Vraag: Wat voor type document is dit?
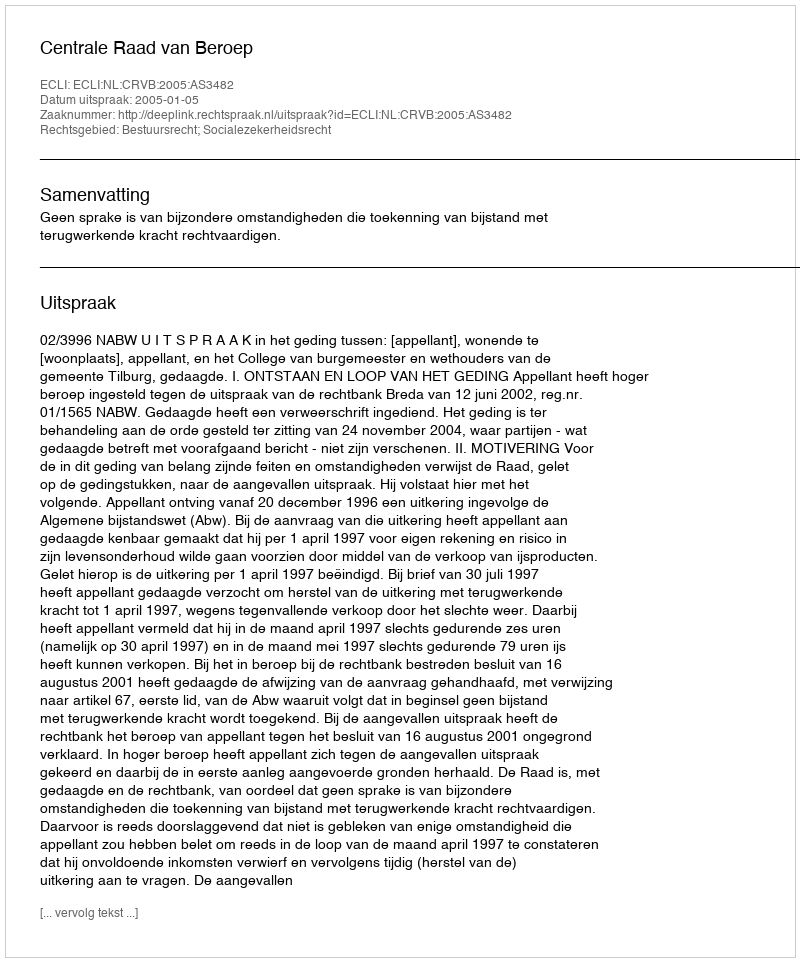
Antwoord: Uitspraak